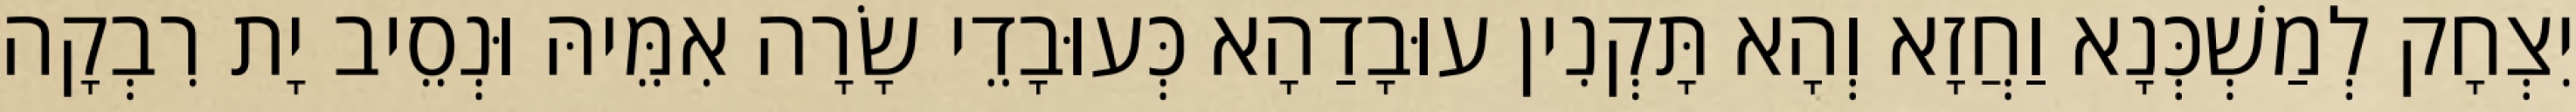
יִצְחָק לְמַשְׁכְּנָא וַחֲזָא וְהָא תָּקְנִין עוּבָדַהָא כְּעוּבָדֵי שָׂרָה אִמֵּיהּ וּנְסֵיב יָת רִבְקָה